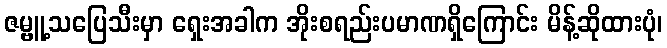
ဇမ္ဗူ့သပြေသီးမှာ ရှေးအခါက အိုးစရည်းပမာဏရှိကြောင်း မိန့်ဆိုထားပုံ၊